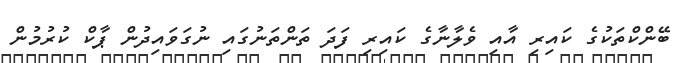
ބޭންކްތަކުގެ ކައިރި އާއި ވެލާނާގެ ކައިރި ފަދަ ތަންތަނުގައި ނުގަވައިދުން ޕާކް ކުރުމުން